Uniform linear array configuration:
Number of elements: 16
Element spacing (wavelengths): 1
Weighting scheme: kaiser
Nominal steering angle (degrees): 15
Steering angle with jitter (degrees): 13.424
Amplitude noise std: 0.05
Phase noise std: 0.05

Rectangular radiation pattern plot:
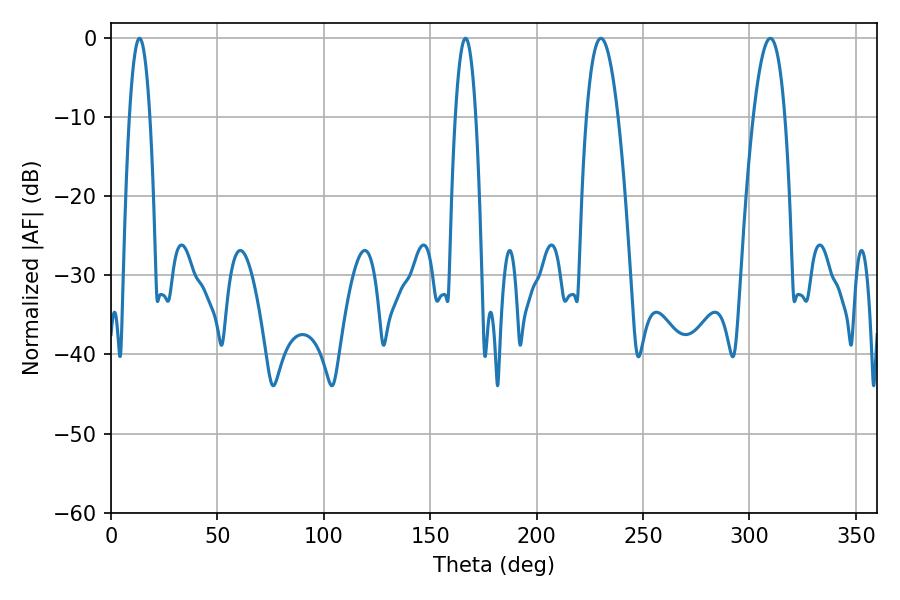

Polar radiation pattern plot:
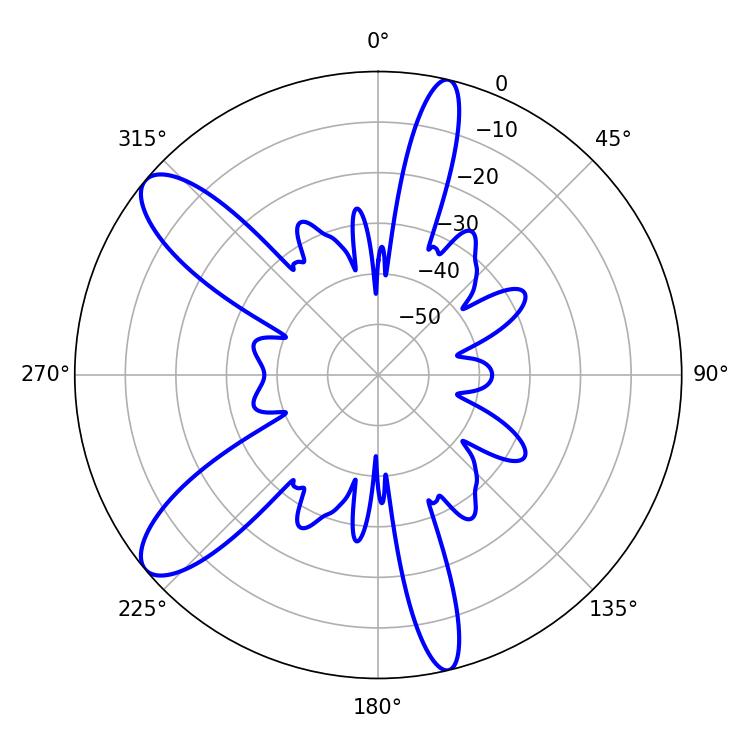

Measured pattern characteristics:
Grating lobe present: TRUE
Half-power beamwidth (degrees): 8.28
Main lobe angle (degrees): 230.22